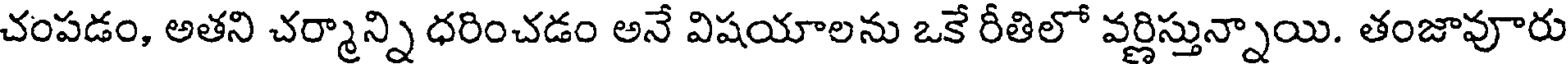
చంపడం, అతని చర్మాన్ని ధరించడం అనే విషయాలను ఒకే రీతిలో వర్ణిస్తున్నాయి. తంజావూరు